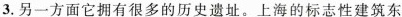
3.另一方面它拥有很多的历史遗址。上海的标志性建筑东